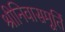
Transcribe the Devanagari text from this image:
श्रीनिवासमूर्ति